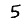
Digit: 5